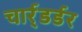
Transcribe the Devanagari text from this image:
चार्र्डर्डर